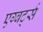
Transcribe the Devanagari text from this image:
एग्बर्ट्स